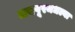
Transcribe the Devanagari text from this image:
जयपूरमधल्या